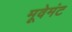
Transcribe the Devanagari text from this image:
मूवेमंट